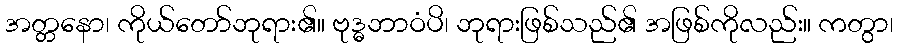
အတ္တနော၊ ကိုယ်တော်ဘုရား၏။ ဗုဒ္ဓဘာဝံပိ၊ ဘုရားဖြစ်သည်၏ အဖြစ်ကိုလည်း။ ကတွာ၊